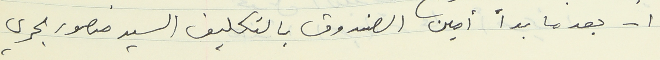
١ - بعدما بدأ أمين الصندوق بالتكليف السيد منصور بحري.